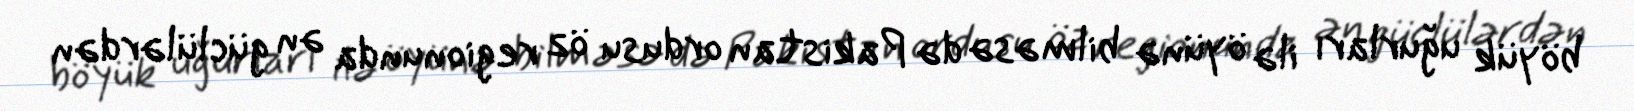
böyük uğurları ilə öyünə bilməsə də Pakistan ordusu öz regionunda ən güclülərdən